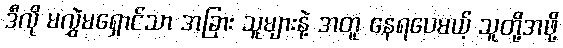
ဒီလို မလွှဲမရှောင်သာ အခြား သူများနဲ့ အတူ နေရပေမယ့် သူတို့အဖို့